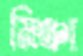
মিঞা